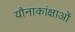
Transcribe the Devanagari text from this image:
यौनाकांक्षाओं